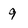
Character: 9